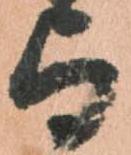
与